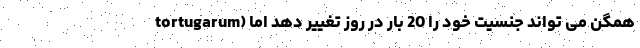
tortugarum) همگن می تواند جنسیت خود را 20 بار در روز تغییر دهد اما